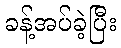
ခန့်အပ်ခဲ့ပြီး